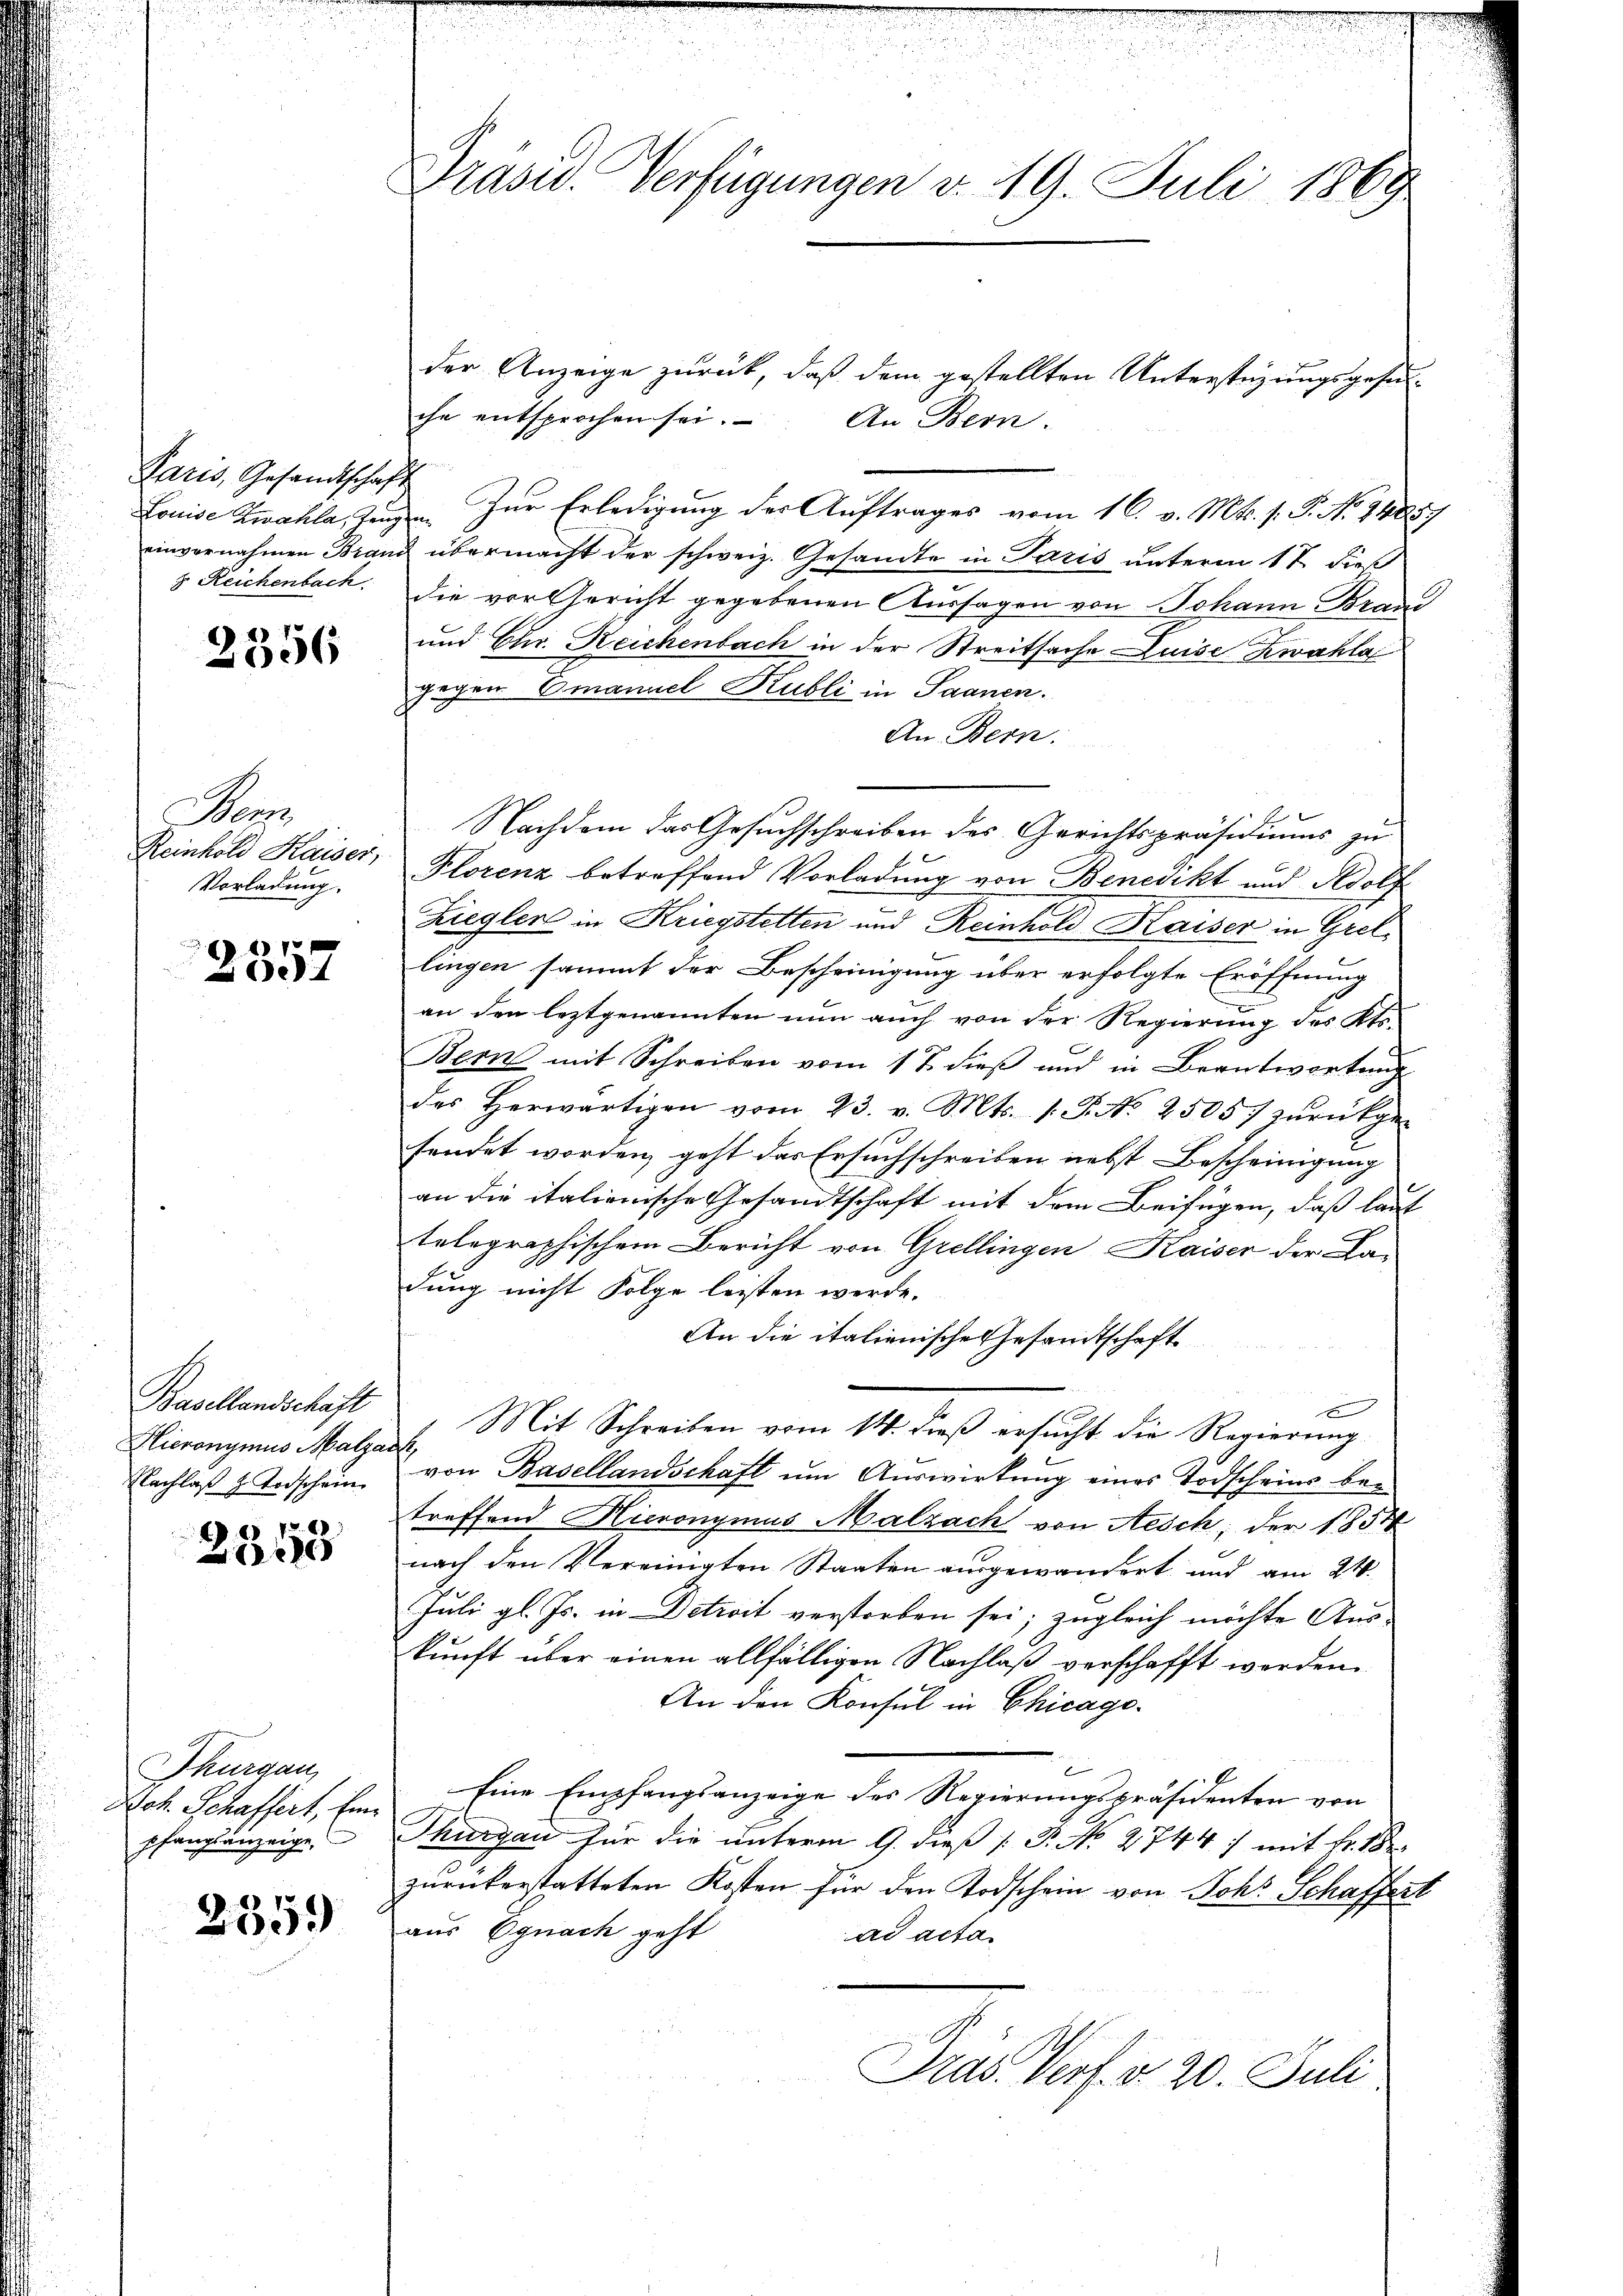
Paris, Gesandtschaft
Louise Zwahle, Zeug
einvernahmen Brani
8. Reichenbach.

2356

an
Reinhold Kaiser,
Vorladung.

8
e

Verkendenlicht
Hieronymus Malzar
Nachlaß z. Todschein

7
28

Thurgau,
Joh. Schaffert, Ein
pfangsanzeige,

2359

Grasw. Verfügungen v. 19. Juli 1869

¬

der Anzeige zurück, daß dem gestellten Unterstüzungsgesun-
che entsprochen sei. An Bern.
Zur Erledigung der Auftrages vom 16. v. Mts. f. P. No 94857
& übermacht der schweiz. Gesandte in Paris unterm 17 dieß
die vor Gericht gegebenen Aussagen von Johann Brand
und Chr. Reichenbach in der Streitsache Luise Zwahla
gegen Emanuel Kubli in Saanen.
An Bern.
Nachdem das Gesuchschreiben des Gerichtspräsidiums zu
Plorenz betreffend Vorladung von Benedikt und Adolf
Zieglers in Kriegstetten und Reinhold Kaiser in Grellingen sammt der Bescheinigung über erfolgte Eröffnung
an den leztgenannten nun auch von der Regierung des Kts.
Bern mit Schreiben vom 17. dieß und in Beantwortung
des herwärtigen vom 23. v. Mts. 1. P. Nr. 2505) zŭrückge-
sendet worden, geht das Ersuchschreiben nebst Bescheinigung
an die italienische Gesandtschaft mit dem Beifügen, daß laut
telegraphischem Bericht von Grellingen Kaiser der La-
dung nicht Folge leisten werde.
An die italienische Gesandtschaft
x
Mit Schreiben vom 14. dieß ersŭcht die Regierung
.
von Basellandschaft um Auswirkung eines Todscheins betreffend Hieronymus Malzach von Aesch, der 1854
nach den Vereinigten Staaten ausgewandert und am 21.
Juli gl. Js. in Detrait verstorben sei; zugleich möchte Aus-
kunft über einen allfälligen Nachlaß verschafft werden.
An den Konsul in Chicago-
Eine Empfangsanzeige des Regierungspräsidenten von
Thurgau für die unterm 9. dieß P. No 2744) mit Fr. 18
zurückerstatteten Kosten für den Todschein von Johs. Schaffert
aus Ognach geht
ad actan
Dras. Verf. v. 20. Juli